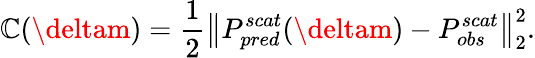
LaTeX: \mathbb{C}(\deltam)=\frac{{1}}{{2}}\big\| P_{pred}^{scat}(\deltam)-P_{obs}^{scat}\big\| _{2}^{2}.